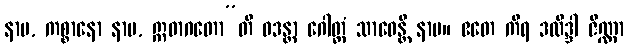
နာမ, ကစ္စာနော နာမ, ဣဓာဂတော”တိ ဝဒန္တာ ဂေါတ္တံ သာဝေန္တိ နာမ။ ဧတေ ကိရ ဒလိဒ္ဒါ ဇိဏ္ဏာ